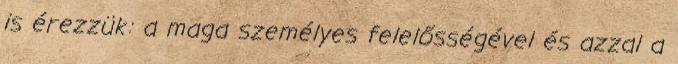
is érezzük: a maga személyes felelősségével és azzal a